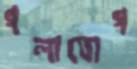
গলাযোগ